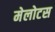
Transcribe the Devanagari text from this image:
मेलोटस